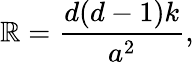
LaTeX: \mathbb{R}=\frac{{d(d-1)k}}{{a^{2}}},